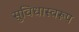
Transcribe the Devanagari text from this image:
सुविधास्वरूप